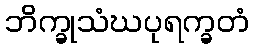
ဘိက္ခုသံဃပုရက္ခတံ